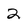
Character: 2